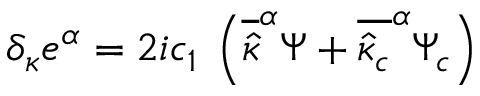
\delta _ { \kappa } e ^ { \alpha } = 2 i c _ { 1 } \: \left( \overline { { { \widehat { \kappa } } } } ^ { \alpha } \Psi + \overline { { { \widehat { \kappa } _ { c } } } } ^ { \alpha } \Psi _ { c } \right)